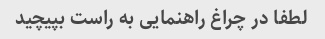
لطفا در چراغ راهنمایی به راست بپیچید